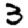
Digit: 3